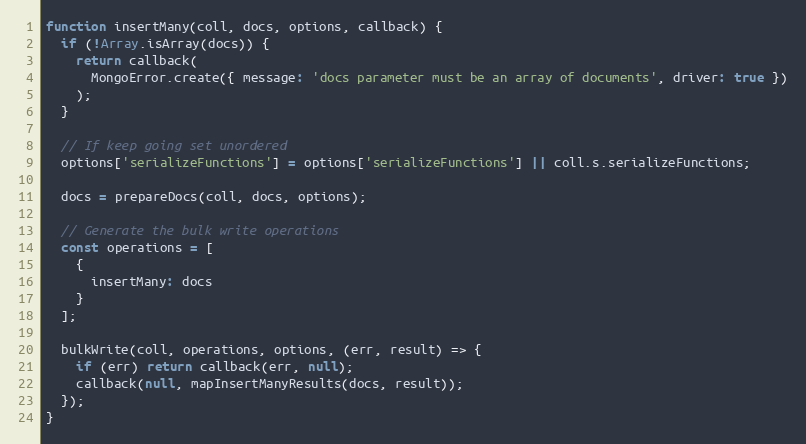
Language: JavaScript
function insertMany(coll, docs, options, callback) {
  if (!Array.isArray(docs)) {
    return callback(
      MongoError.create({ message: 'docs parameter must be an array of documents', driver: true })
    );
  }

  // If keep going set unordered
  options['serializeFunctions'] = options['serializeFunctions'] || coll.s.serializeFunctions;

  docs = prepareDocs(coll, docs, options);

  // Generate the bulk write operations
  const operations = [
    {
      insertMany: docs
    }
  ];

  bulkWrite(coll, operations, options, (err, result) => {
    if (err) return callback(err, null);
    callback(null, mapInsertManyResults(docs, result));
  });
}